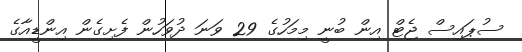
ސުޕައިސް ޖެޓް އިން ބުނީ މިމަހުގެ 29 ވަނަ ދުވަހުން ފެށިގެން އިންޑީއާގެ